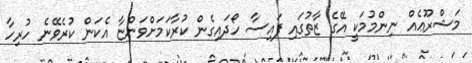
މަޝްރޫޢެއް ނިންމުމަކީ އޭގެ ޒާތުގައި ފައިސާ ހޯދައިގެން ކުރާކަމަށްވަންޏާ އެކަން ކުރެވޭނެ ހުރިހާ